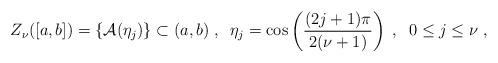
LaTeX: \begin{align*} Z_\nu([a,b])=\left\{\mathcal{A}(\eta_j)\right\}\subset(a,b)\;,\;\;\eta_j=\cos\left(\frac{(2j+1)\pi}{2(\nu+1)}\right)\;,\;\;0\leq j\leq \nu\;,\end{align*}